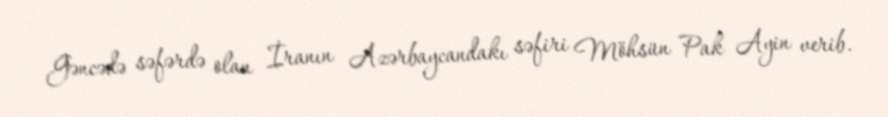
Gəncədə səfərdə olan İranın Azərbaycandakı səfiri Möhsün Pak Ayin verib.